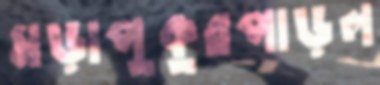
মড়াপুকুরপাড়ল